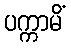
ပက္ကာမိံ